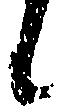
候